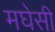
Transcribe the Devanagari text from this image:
मघेसी